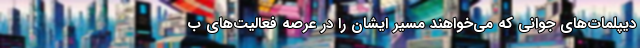
دیپلمات‌های جوانی که می‌خواهند مسیر ایشان را در عرصه فعالیت‌های ب